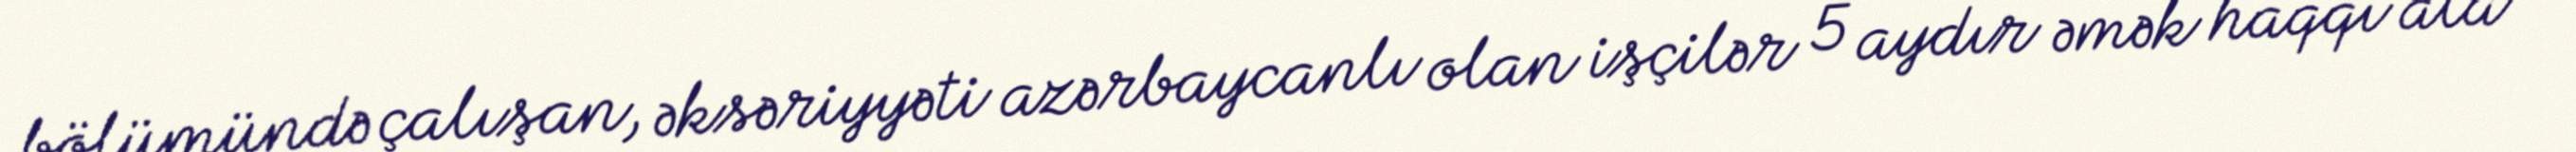
bölümündə çalışan, əksəriyyəti azərbaycanlı olan işçilər 5 aydır əmək haqqı ala